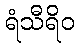
ရံသီရိဝ